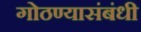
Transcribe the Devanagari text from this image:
गोठण्यासंबंधी